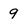
Character: 9